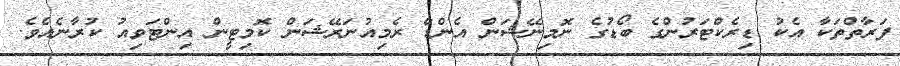
ފަރާތްތަކާ އެކު ޑިރެކްޓަރުންގެ ބޯޑުގެ ނޮމިނޭޝަން އެންޑް ރެމިއުނަރޭޝަން ކޮމިޓީން އިންޓަވިއު ކުރާނެއެވެ.